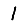
Digit: 1